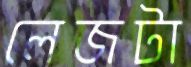
লেজটা